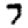
Digit: 7